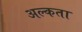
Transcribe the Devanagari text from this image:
अल्कता